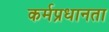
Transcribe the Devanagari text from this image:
कर्मप्रधानता